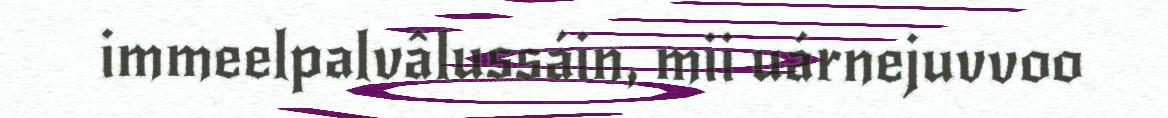
immeelpalvâlussáin, mii uárnejuvvoo